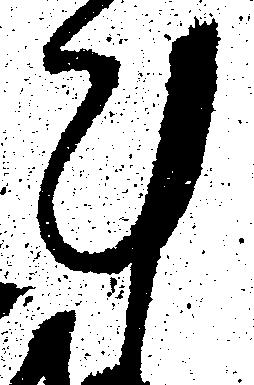
計